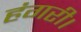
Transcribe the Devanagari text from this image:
हंगरी।